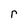
Character: r